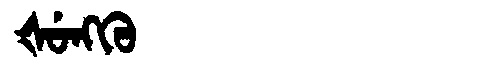
Manchu: ᡧᡠᠩᡴᡠ
Romanization: ŠUNGKU